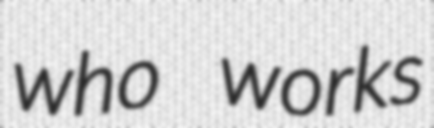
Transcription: who works